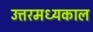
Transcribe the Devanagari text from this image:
उत्तरमध्यकाल